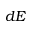
d E